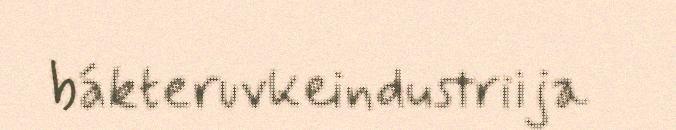
bákteruvkeindustriija